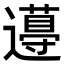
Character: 𨘚